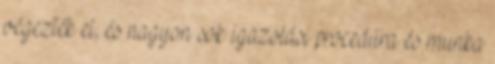
végezték el, és nagyon sok igazolási procedúra és munka